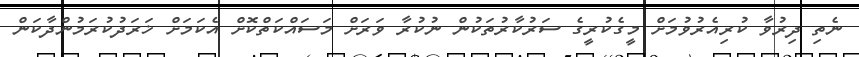
ނެތި ދިރުވާ ކުރިއެރުވުމަށް މީގެކުރީގެ ސަރުކާރުތަކުން ނުކުރާ ވަރަށް މަސައްކަތްކޮށް އެކަމަށް ޚަރަދުކުރަމުންދާކަން